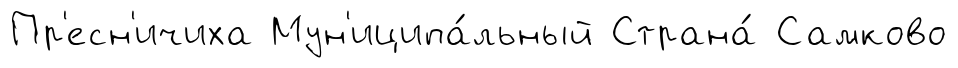
Пр'есн'ичиха Мун'иципа́льный Страна́ Самково